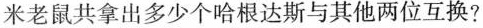
米老鼠共拿出多少个哈根达斯与其他两位互换?